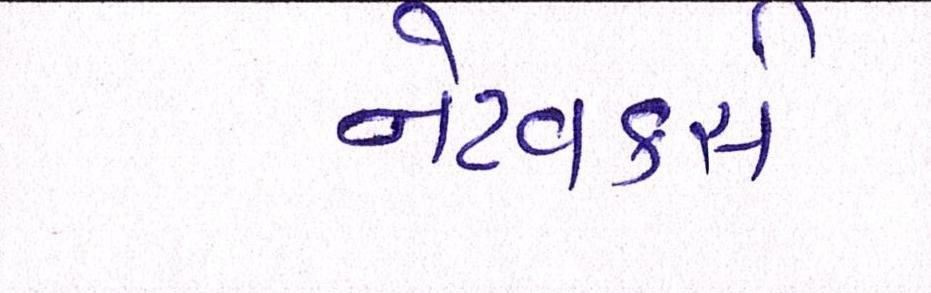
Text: નેટવર્ક્સ